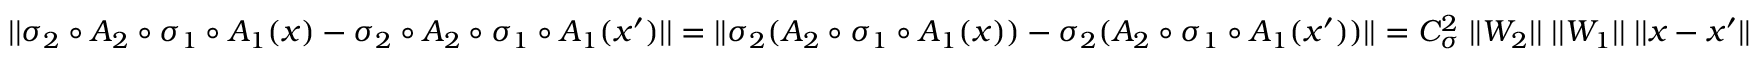
| | \sigma _ { 2 } \circ A _ { 2 } \circ \sigma _ { 1 } \circ A _ { 1 } ( x ) - \sigma _ { 2 } \circ A _ { 2 } \circ \sigma _ { 1 } \circ A _ { 1 } ( x ^ { \prime } ) | | = | | \sigma _ { 2 } ( A _ { 2 } \circ \sigma _ { 1 } \circ A _ { 1 } ( x ) ) - \sigma _ { 2 } ( A _ { 2 } \circ \sigma _ { 1 } \circ A _ { 1 } ( x ^ { \prime } ) ) | | = C _ { \sigma } ^ { 2 } \; | | W _ { 2 } | | \; | | W _ { 1 } | | \; | | x - x ^ { \prime } | |